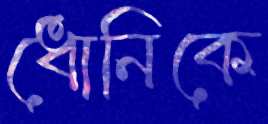
ধোনিকে